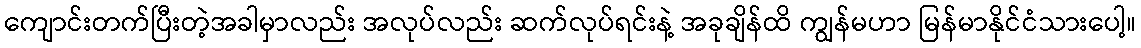
ကျောင်းတက်ပြီးတဲ့အခါမှာလည်း အလုပ်လည်း ဆက်လုပ်ရင်းနဲ့ အခုချိန်ထိ ကျွန်မဟာ မြန်မာနိုင်ငံသားပေါ့။